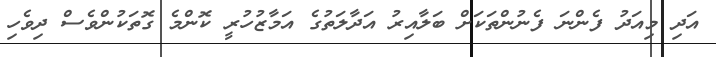
އަދި މިއަދު ފެންނަ ފެނުންތަކަށް ބަލާއިރު އަދާލަތުގެ އަމާޒުހުރީ ކޮންމެ ގޮތަކުންވެސް ދިވެހި